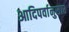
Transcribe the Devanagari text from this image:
आदिपर्वानुसार